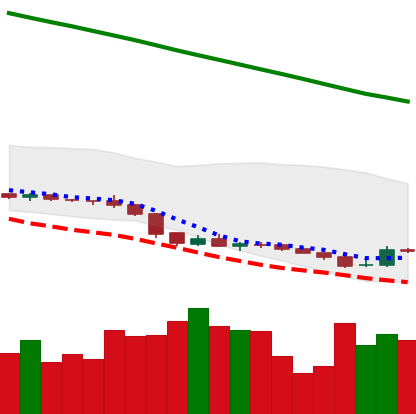
Ticker: XLM-USD
Chart end date: 2019-02-09
Forward return: -5.164%
Label: down_5_7